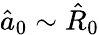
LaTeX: \hat{a}_{0}\sim\hat{R}_{0}